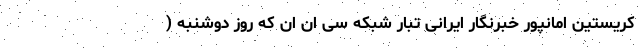
کریستین امانپور خبرنگار ایرانی تبار شبکه سی ان ان که روز دوشنبه (